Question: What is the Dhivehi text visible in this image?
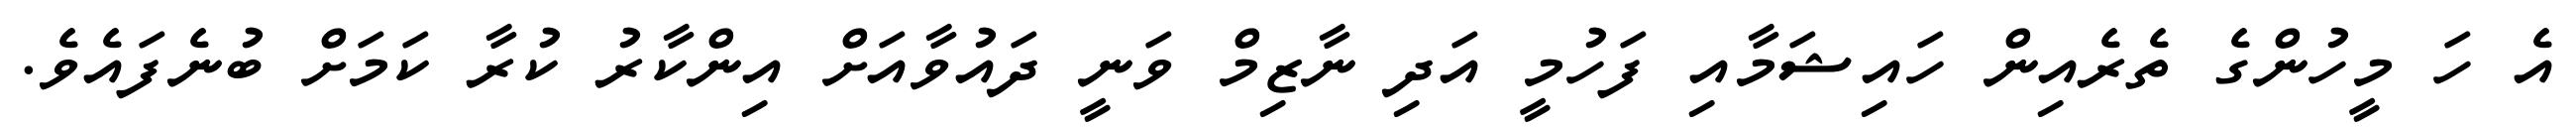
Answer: އެ ހަ މީހުންގެ ތެރެއިން ހައިޝަމާއި ފަހުމީ އަދި ނާޒިމް ވަނީ ދައުވާއަށް އިންކާރު ކުރާ ކަމަށް ބުނެފައެވެ.